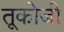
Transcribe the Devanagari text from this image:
तूकोजी